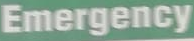
Emergency